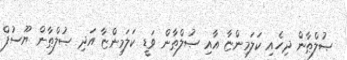
ޞުލްޠާން ދިހެއި ކަލަމިންޏާ އާއި ޞުލްޠާން ވަޑީ ކަލަމިންޏާ އަދި ޞުލްޠާން ޔޫސުފް